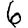
Digit: 6